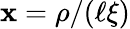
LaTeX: \mathbf{x}=\rho/(\ell\xi)